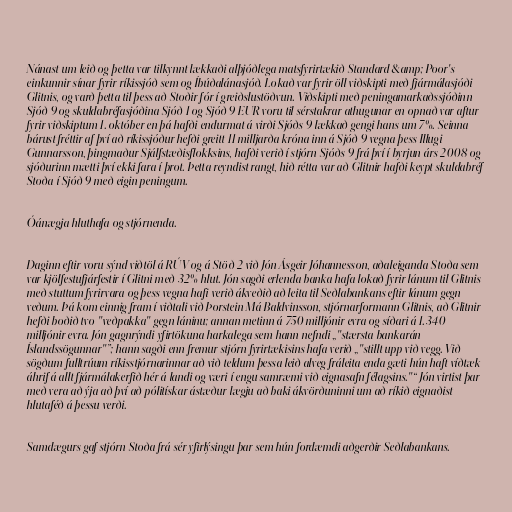
Nánast um leið og þetta var tilkynnt lækkaði alþjóðlega matsfyrirtækið Standard &amp; Poor's
einkunnir sínar fyrir ríkissjóð sem og Íbúðalánasjóð. Lokað var fyrir öll viðskipti með fjármálasjóði
Glitnis, og varð þetta til þess að Stoðir fór í greiðslustöðvun. Viðskipti með peningamarkaðssjóðinn
Sjóð 9 og skuldabréfasjóðina Sjóð 1 og Sjóð 9 EUR voru til sérstakrar athugunar en opnað var aftur
fyrir viðskiptum 1. október en þá hafði endurmat á virði Sjóðs 9 lækkað gengi hans um 7%. Seinna
bárust fréttir af því að ríkissjóður hefði greitt 11 milljarða króna inn á Sjóð 9 vegna þess Illugi
Gunnarsson, þingmaður Sjálfstæðisflokksins, hafði verið í stjórn Sjóðs 9 frá því í byrjun árs 2008 og
sjóðurinn mætti því ekki fara í þrot. Þetta reyndist rangt, hið rétta var að Glitnir hafði keypt skuldabréf
Stoða í Sjóð 9 með eigin peningum.

Óánægja hluthafa og stjórnenda.

Daginn eftir voru sýnd viðtöl á RÚV og á Stöð 2 við Jón Ásgeir Jóhannesson, aðaleiganda Stoða sem
var kjölfestufjárfestir í Glitni með 32% hlut. Jón sagði erlenda banka hafa lokað fyrir lánum til Glitnis
með stuttum fyrirvara og þess vegna hafi verið ákveðið að leita til Seðlabankans eftir lánum gegn
veðum. Þá kom einnig fram í viðtali við Þorstein Má Baldvinsson, stjórnarformann Glitnis, að Glitnir
hefði boðið tvo "veðpakka" gegn láninu; annan metinn á 750 milljónir evra og síðari á 1.340
milljónir evra. Jón gagnrýndi yfirtökuna harkalega sem hann nefndi „"stærsta bankarán
Íslandssögunnar"”; hann sagði enn fremur stjórn fyrirtækisins hafa verið „"stillt upp við vegg. Við
sögðum fulltrúum ríkisstjórnarinnar að við teldum þessa leið alveg fráleita enda gæti hún haft víðtæk
áhrif á allt fjármálakerfið hér á landi og væri í engu samræmi við eignasafn félagsins."“ Jón virtist þar
með vera að ýja að því að pólitískar ástæður lægju að baki ákvörðuninni um að ríkið eignaðist
hlutaféð á þessu verði.

Samdægurs gaf stjórn Stoða frá sér yfirlýsingu þar sem hún fordæmdi aðgerðir Seðlabankans.